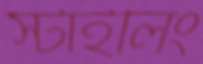
স্টাইলিং